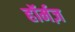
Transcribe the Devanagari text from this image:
हॉर्मज़